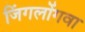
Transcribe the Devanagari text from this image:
जिंगलोंगवा